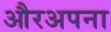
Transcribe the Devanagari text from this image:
औरअपना